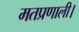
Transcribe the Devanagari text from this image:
मतप्रणाली।